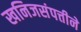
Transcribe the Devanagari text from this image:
खनिजसंपत्तीने